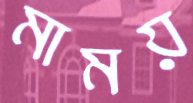
মাময়